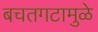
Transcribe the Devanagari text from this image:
बचतगटामुळे